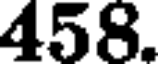
458.